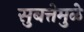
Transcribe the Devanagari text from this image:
सुबत्तेमुळे